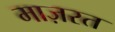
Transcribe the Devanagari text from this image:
माज़रत